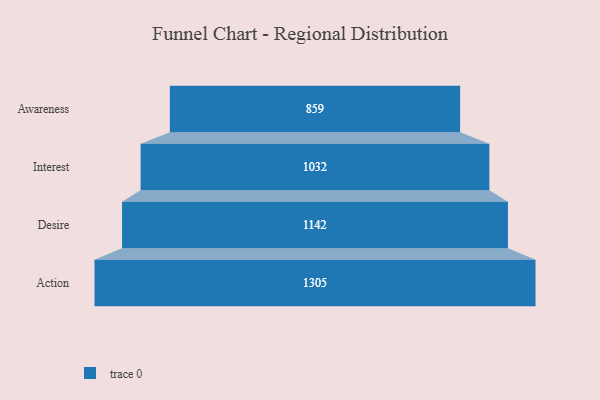
{"axis": {"x": "Stage", "y": "Value"}, "legend": [""], "data": [{"x": "Awareness", "y": 859.0, "type": ""}, {"x": "Interest", "y": 1032.0, "type": ""}, {"x": "Desire", "y": 1142.0, "type": ""}, {"x": "Action", "y": 1305.0, "type": ""}]}